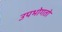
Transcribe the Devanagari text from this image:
उपभोगतो